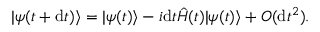
| \psi ( t + \mathrm { d } t ) \rangle = | \psi ( t ) \rangle - i \mathrm { d } t \hat { H } ( t ) | \psi ( t ) \rangle + O ( \mathrm { d } t ^ { 2 } ) .